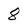
Character: 8